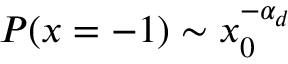
P ( x = - 1 ) \sim x _ { 0 } ^ { - \alpha _ { d } }